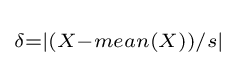
\scriptstyle \delta =|(X-mean(X))/s|